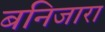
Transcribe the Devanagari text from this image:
बनिजारा